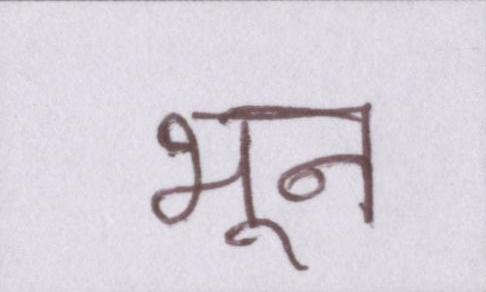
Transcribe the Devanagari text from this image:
भून